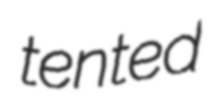
tented